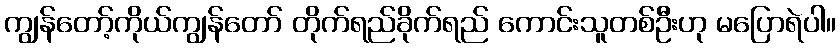
ကျွန်တော့်ကိုယ်ကျွန်တော် တိုက်ရည်ခိုက်ရည် ကောင်းသူတစ်ဦးဟု မပြောရဲပါ။